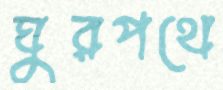
ঘুরপথে